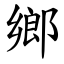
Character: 鄉